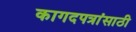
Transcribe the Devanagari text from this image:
कागदपत्रांसाठी